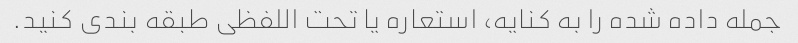
جمله داده شده را به کنایه، استعاره یا تحت اللفظی طبقه بندی کنید.